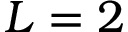
L = 2